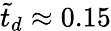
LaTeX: \tilde{t}_{d}\approx 0.15